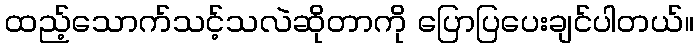
ထည့်သောက်သင့်သလဲဆိုတာကို ပြောပြပေးချင်ပါတယ်။